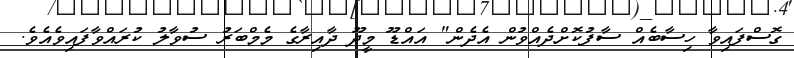
ގޮސްފައިވާ ހިސާބެއް ސާފުކޮށްދެއްވުން އެދެން" އައްޑޫ މީދޫ ދާއިރާގެ މެމްބަރު ސުވާލު ކުރައްވާފައިވެއެވެ.